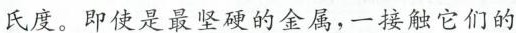
氏度。即使是最坚硬的金属，一接触它们的